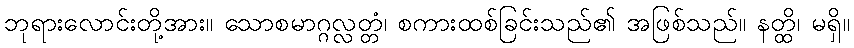
ဘုရားလောင်းတို့အား။ သောစမာဂ္ဂလ္လတ္တံ၊ စကားထစ်ခြင်းသည်၏ အဖြစ်သည်။ နတ္ထိ၊ မရှိ။